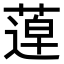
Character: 𦹢